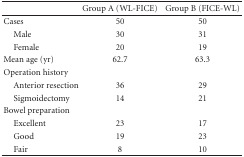
<table><thead><tr><td></td><td><b>Group A (WL-FICE)</b></td><td><b>Group B (FICE-WL)</b></td></tr></thead><tbody><tr><td>Cases</td><td>50</td><td>50</td></tr><tr><td> Male</td><td>30</td><td>31</td></tr><tr><td> Female</td><td>20</td><td>19</td></tr><tr><td>Mean age (yr)</td><td>62.7</td><td>63.3</td></tr><tr><td>Operation history</td><td></td><td></td></tr><tr><td> Anterior resection</td><td>36</td><td>29</td></tr><tr><td> Sigmoidectomy</td><td>14</td><td>21</td></tr><tr><td>Bowel preparation</td><td></td><td></td></tr><tr><td> Excellent</td><td>23</td><td>17</td></tr><tr><td> Good</td><td>19</td><td>23</td></tr><tr><td> Fair</td><td>8</td><td>10</td></tr></tbody></table>